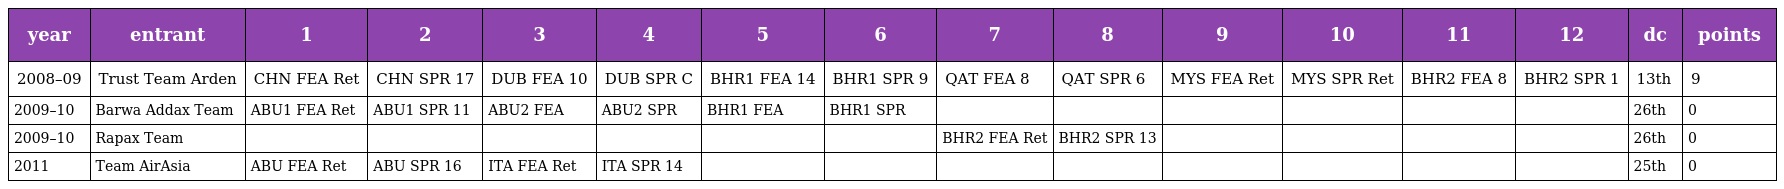
| year | entrant | 1 | 2 | 3 | 4 | 5 | 6 | 7 | 8 | 9 | 10 | 11 | 12 | dc | points |
 | --- | --- | --- | --- | --- | --- | --- | --- | --- | --- | --- | --- | --- | --- | --- | --- |
 | 2008–09 | Trust Team Arden | CHN FEA Ret | CHN SPR 17 | DUB FEA 10 | DUB SPR C | BHR1 FEA 14 | BHR1 SPR 9 | QAT FEA 8 | QAT SPR 6 | MYS FEA Ret | MYS SPR Ret | BHR2 FEA 8 | BHR2 SPR 1 | 13th | 9 |
 | 2009–10 | Barwa Addax Team | ABU1 FEA Ret | ABU1 SPR 11 | ABU2 FEA | ABU2 SPR | BHR1 FEA | BHR1 SPR |  |  |  |  |  |  | 26th | 0 |
 | 2009–10 | Rapax Team |  |  |  |  |  |  | BHR2 FEA Ret | BHR2 SPR 13 |  |  |  |  | 26th | 0 |
 | 2011 | Team AirAsia | ABU FEA Ret | ABU SPR 16 | ITA FEA Ret | ITA SPR 14 |  |  |  |  |  |  |  |  | 25th | 0 |